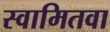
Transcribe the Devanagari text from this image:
स्वामितवा